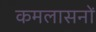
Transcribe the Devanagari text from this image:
कमलासनों